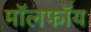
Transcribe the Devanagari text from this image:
मॉलफॉय